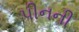
પીનની